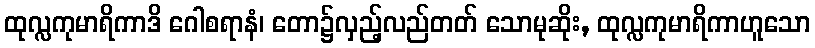
ထုလ္လကုမာရိကာဒိ ဂေါစရာနံ၊ တော၌လှည့်လည်တတ် သောမုဆိုး, ထုလ္လကုမာရိကာဟူသော